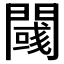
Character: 𲈯